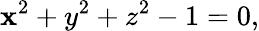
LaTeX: \mathbf{x}^{2}+y^{2}+z^{2}-1=0,